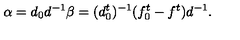
\alpha = d _ { 0 } d ^ { - 1 } \beta = ( d _ { 0 } ^ { t } ) ^ { - 1 } ( f _ { 0 } ^ { t } - f ^ { t } ) d ^ { - 1 } .